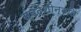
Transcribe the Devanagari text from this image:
स्वदेशोन्नति